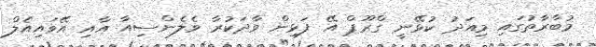
މުބާރާތުގައި މިއަދު ކުޅޭނީ ގްރޫޕް އޭ ފަޅިން ވާދަކުރާ ވެލެންސިއާ އާއި އޭވައިއެލް